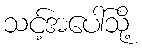
သင့်အပေါ်သို့